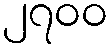
၂၇၀၀